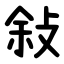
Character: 敍